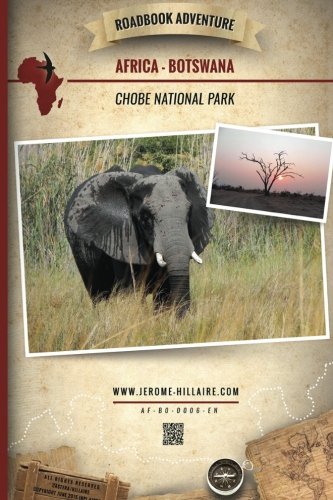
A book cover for Roadbook Adventure: Africa Botswana Chobe National Park; JÃ©rÃ´me Hillaire; Travel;